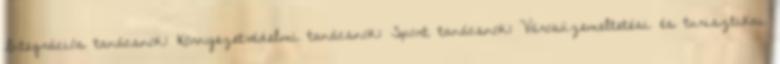
Integrációs tanácsnok: Környezetvédelmi tanácsnok: Sport tanácsnok: Városüzemeltetési és turisztikai